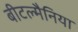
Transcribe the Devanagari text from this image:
बीटल्मैनिया